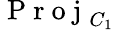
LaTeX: \mathrm{~P~r~o~j~}_{C_{1}}